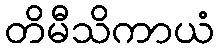
တိမီသိကာယံ